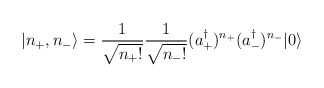
\begin{align*} |n_{+},n_{-}\rangle=\frac{1}{\sqrt{n_{+}!}}\frac{1}{\sqrt{n_{-}!}}(a_{+}^\dagger)^{n_{+}}(a_{-}^\dagger)^{n_{-}}|0\rangle\end{align*}